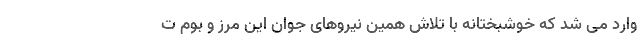
وارد می شد که خوشبختانه با تلاش همین نیروهای جوان این مرز و بوم ت